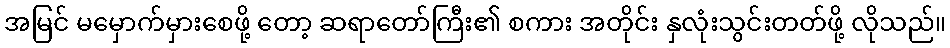
အမြင် မမှောက်မှားစေဖို့ တော့ ဆရာတော်ကြီး၏ စကား အတိုင်း နှလုံးသွင်းတတ်ဖို့ လိုသည်။